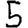
Digit: 5